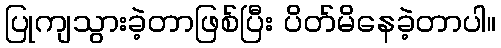
ပြုကျသွားခဲ့တာဖြစ်ပြီး ပိတ်မိနေခဲ့တာပါ။